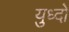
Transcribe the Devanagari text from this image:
युध्दो